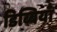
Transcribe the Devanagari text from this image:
डिब्बियाँ